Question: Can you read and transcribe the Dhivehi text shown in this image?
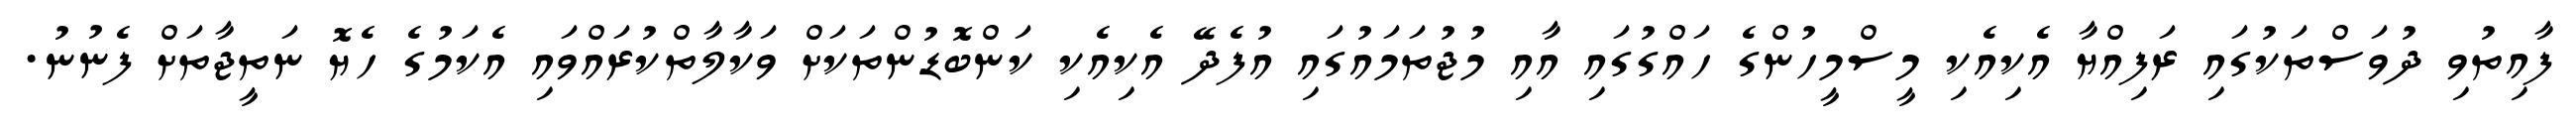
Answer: ފާއިތުވި ދުވަސްތަކުގައި ރަފިއްޔާ އެކިއެކި މީސްމީހުންގެ ހައްގުގައި އާއި މުޖުތަމައުގައި އުފެދޭ އެކިއެކި ކަންބޮޑުންތަކަށް ވަކާލާތްކުރައްވައި އެކަމުގެ ހެޔޮ ނަތީޖާތަށް ފެނުނު.